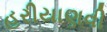
હરીયાણવી